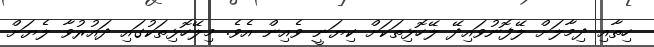
ހިތާއި ދިމާލަށް ލޭފޮނުވައިދޭ ލޭހޮޅިތަކަށް ކިޔަނީ ވެއިން އެވެ. މިލޭހޮޅިތަކުގައި ދައުރުވާ ލެޔަށް